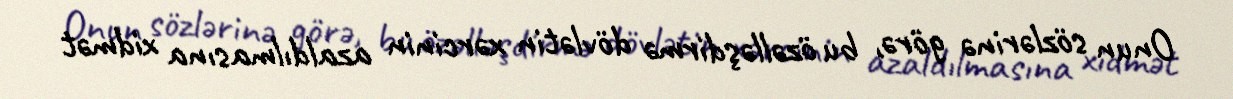
Onun sözlərinə görə, bu özəlləşdirmə dövlətin xərcinin azaldılmasına xidmət